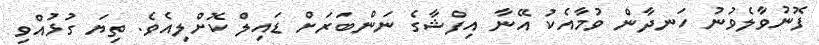
ފޮނުވާލެވުނު ހަނދާން ވުމާއެކު އޭނާ އިފްޝާގެ ނަންބަރަށް ޑައިލް ކޮށްލިއެވެ. ތިޔަ ގުޅުއްވި